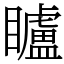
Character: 矑